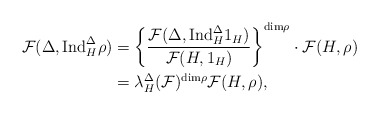
\begin{align*} \mathcal{F}(\Delta,\mathrm{Ind}_{H}^{\Delta}\rho) &=\left\{\frac{\mathcal{F}(\Delta,\mathrm{Ind}_{H}^{\Delta}1_H)}{\mathcal{F}(H,1_H)}\right\}^{\mathrm{dim}\rho}\cdot\mathcal{F}(H,\rho)\\ &=\lambda_{H}^{\Delta}(\mathcal{F})^{\mathrm{dim}\rho}\mathcal{F}(H,\rho), \end{align*}